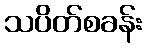
သပိတ်စခန်း